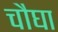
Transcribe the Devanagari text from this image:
चौघा